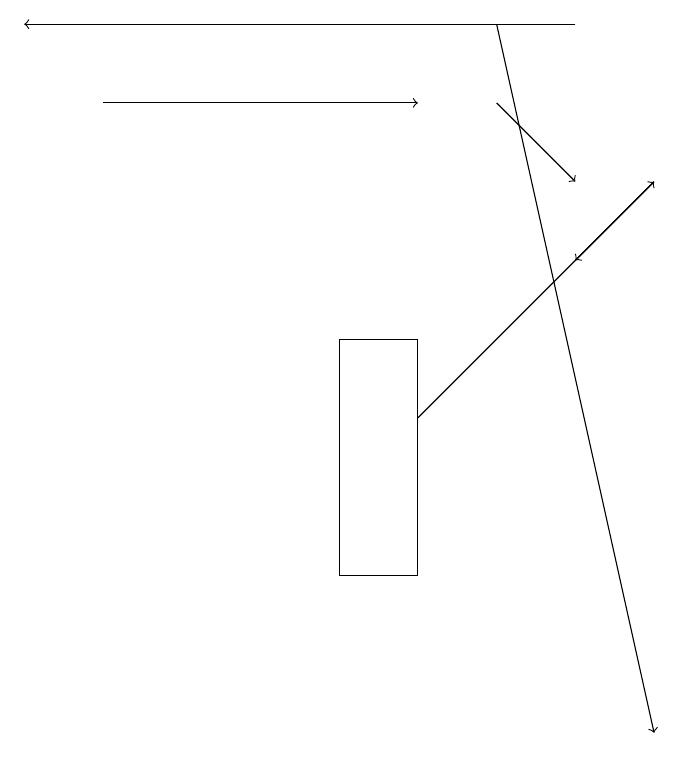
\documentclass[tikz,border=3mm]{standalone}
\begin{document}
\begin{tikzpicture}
\draw (5,15) rectangle (6,12);
\draw[->] (7,18) -- (8,17);
\draw[->] (8,19) -- (1,19);
\draw[->] (2,18) -- (6,18);
\draw[->] (7,19) -- (9,10);
\draw[->] (6,14) -- (9,17);
\draw[->] (9,17) -- (8,16);
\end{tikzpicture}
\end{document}